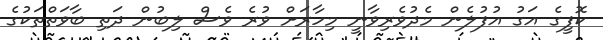
ކޮފީގެ އަގު އުފުލެން މެދުވެރިވާނީ މިހާރަށް ވުރެ ވެސް ލިބުން ދަތި ބާވަތްތަކުގެ